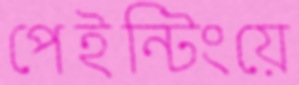
পেইন্টিংয়ে